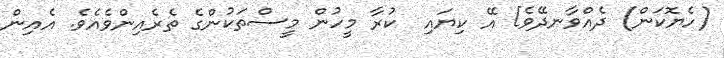
(ހެޔޮކަން) ދެއްވާނދޭވެ] އޭ ކިޔައި  ކުރާ މީހުން މީސްތަކުންގެ ތެރެއިންވެއެވެ. އެއިން